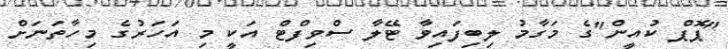
"ޕޮޕް ކުއީން"ގެ މަގާމު ލިބިފައިވާ ޓޭލާ ސްވިފްޓް އަކީ މި އަހަރުގެ މިހާތަނަށް